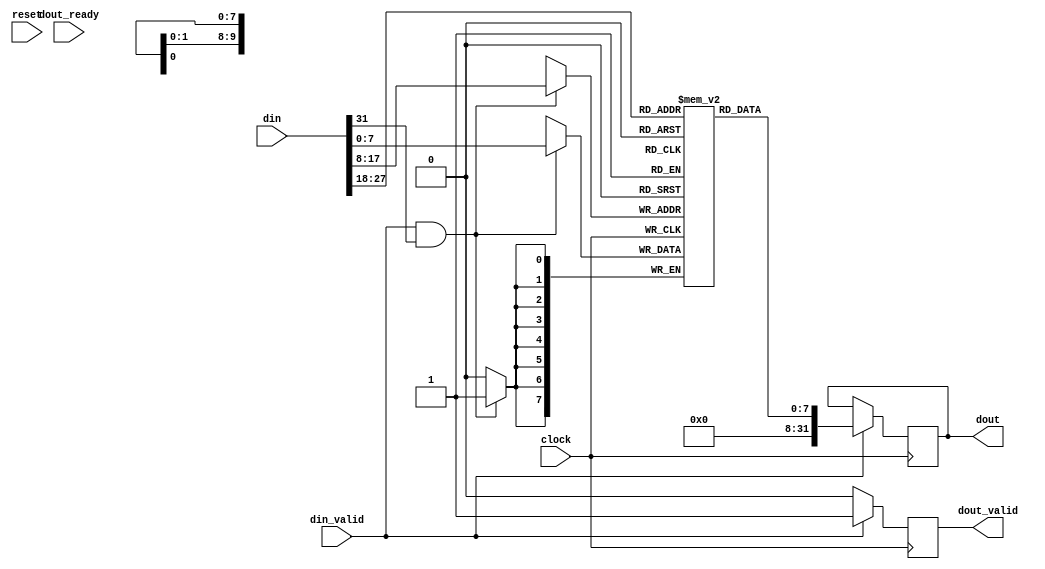
module dut(
	input clock, reset,
	input din_valid,
	input [31:0] din,
	input dout_ready,
	output reg dout_valid,
	output reg [31:0] dout
);
	reg [7:0] ram [0:1023];

	always @(posedge clock) begin
		dout_valid <= 1'b0;
		if (din_valid && din[31]) begin
			ram[din[17:8]] <= din[7:0];
		end
		if (din_valid) begin
			dout <= ram[din[27:18]];
			dout_valid <= 1'b1;
		end
	end

endmodule